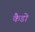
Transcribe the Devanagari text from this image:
कैडो